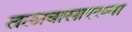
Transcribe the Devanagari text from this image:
तलावासारख्या